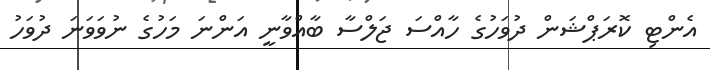
އެންޓި ކޮރަޕްޝަން ދުވަހުގެ ހާއްސަ ޖަލްސާ ބާއްވާނީ އަންނަ މަހުގެ ނުވަވަނަ ދުވަހު